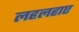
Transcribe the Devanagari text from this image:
लहलहाए